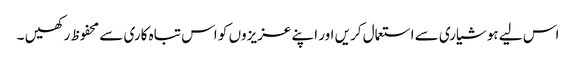
اس لیے ہوشیاری سے استعمال کریں اور اپنے عزیزوں کو اس تباہ کاری سے محفوظ رکھیں ۔